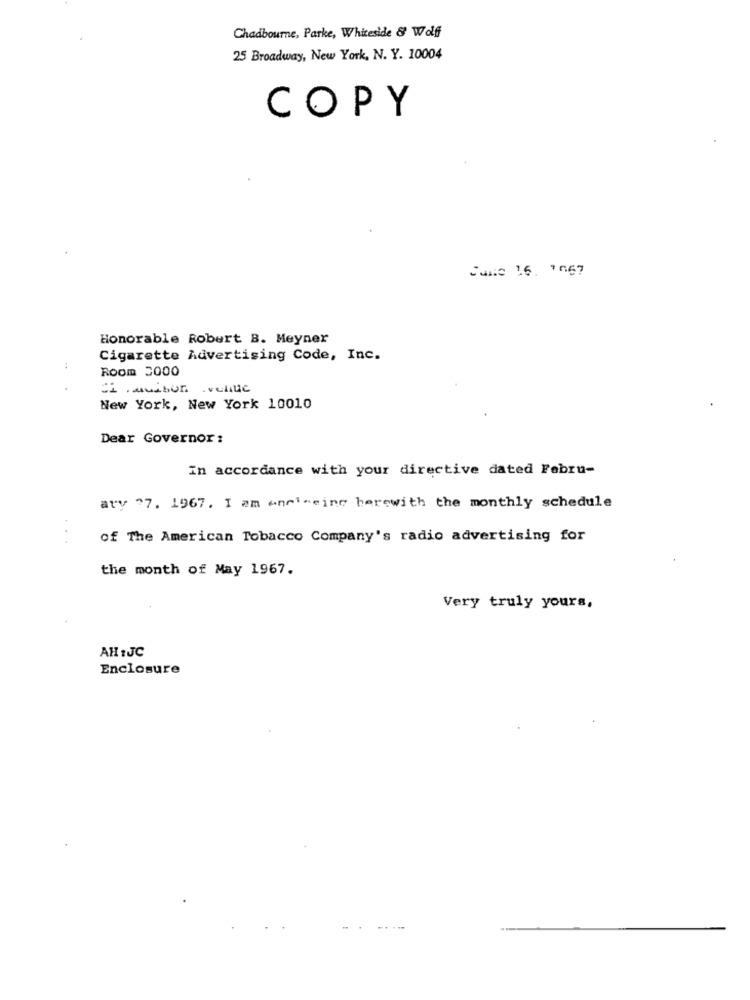
Chadbourne, Parke, Whiteside & Wolff
25 Broadway, New York, N. Y. 10004
COPY
CaMe 16. 1067
Honorable Robert B. Meyner
Cigarette Advertising Code, Inc.
Room 2000
ci ranition veluc
New York, New York 10010
Dear Governor:
In accordance with your directive dated Febru-
aty 27. 1967. I am wnet-eine herewith the monthly schedule
of The American Tobacco Company's radio advertising for
the month of May 1967.
Very truly yours,
AH :JC
Enclosure